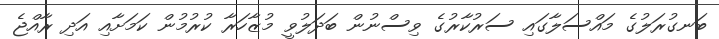
ބަނގުރަލުގެ މައްސަލާގައި ސަރުކާރުގެ ވިސްނުން ބަދަލުވީ މުޒާހަރާ ކުރުމުން ކަމަށާއި އަދި ރާއްޖެ